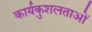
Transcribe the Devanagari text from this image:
कार्यकुशलताओं